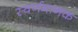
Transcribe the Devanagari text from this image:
स्वर्णमानक